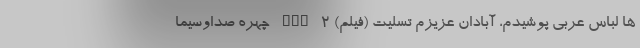
ها لباس عربی پوشیدم، آبادان عزیزم تسلیت (فیلم) nan 2 چهره صداوسیما